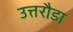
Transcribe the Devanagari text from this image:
उत्तरौडा